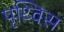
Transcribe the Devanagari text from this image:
पृथ्विस